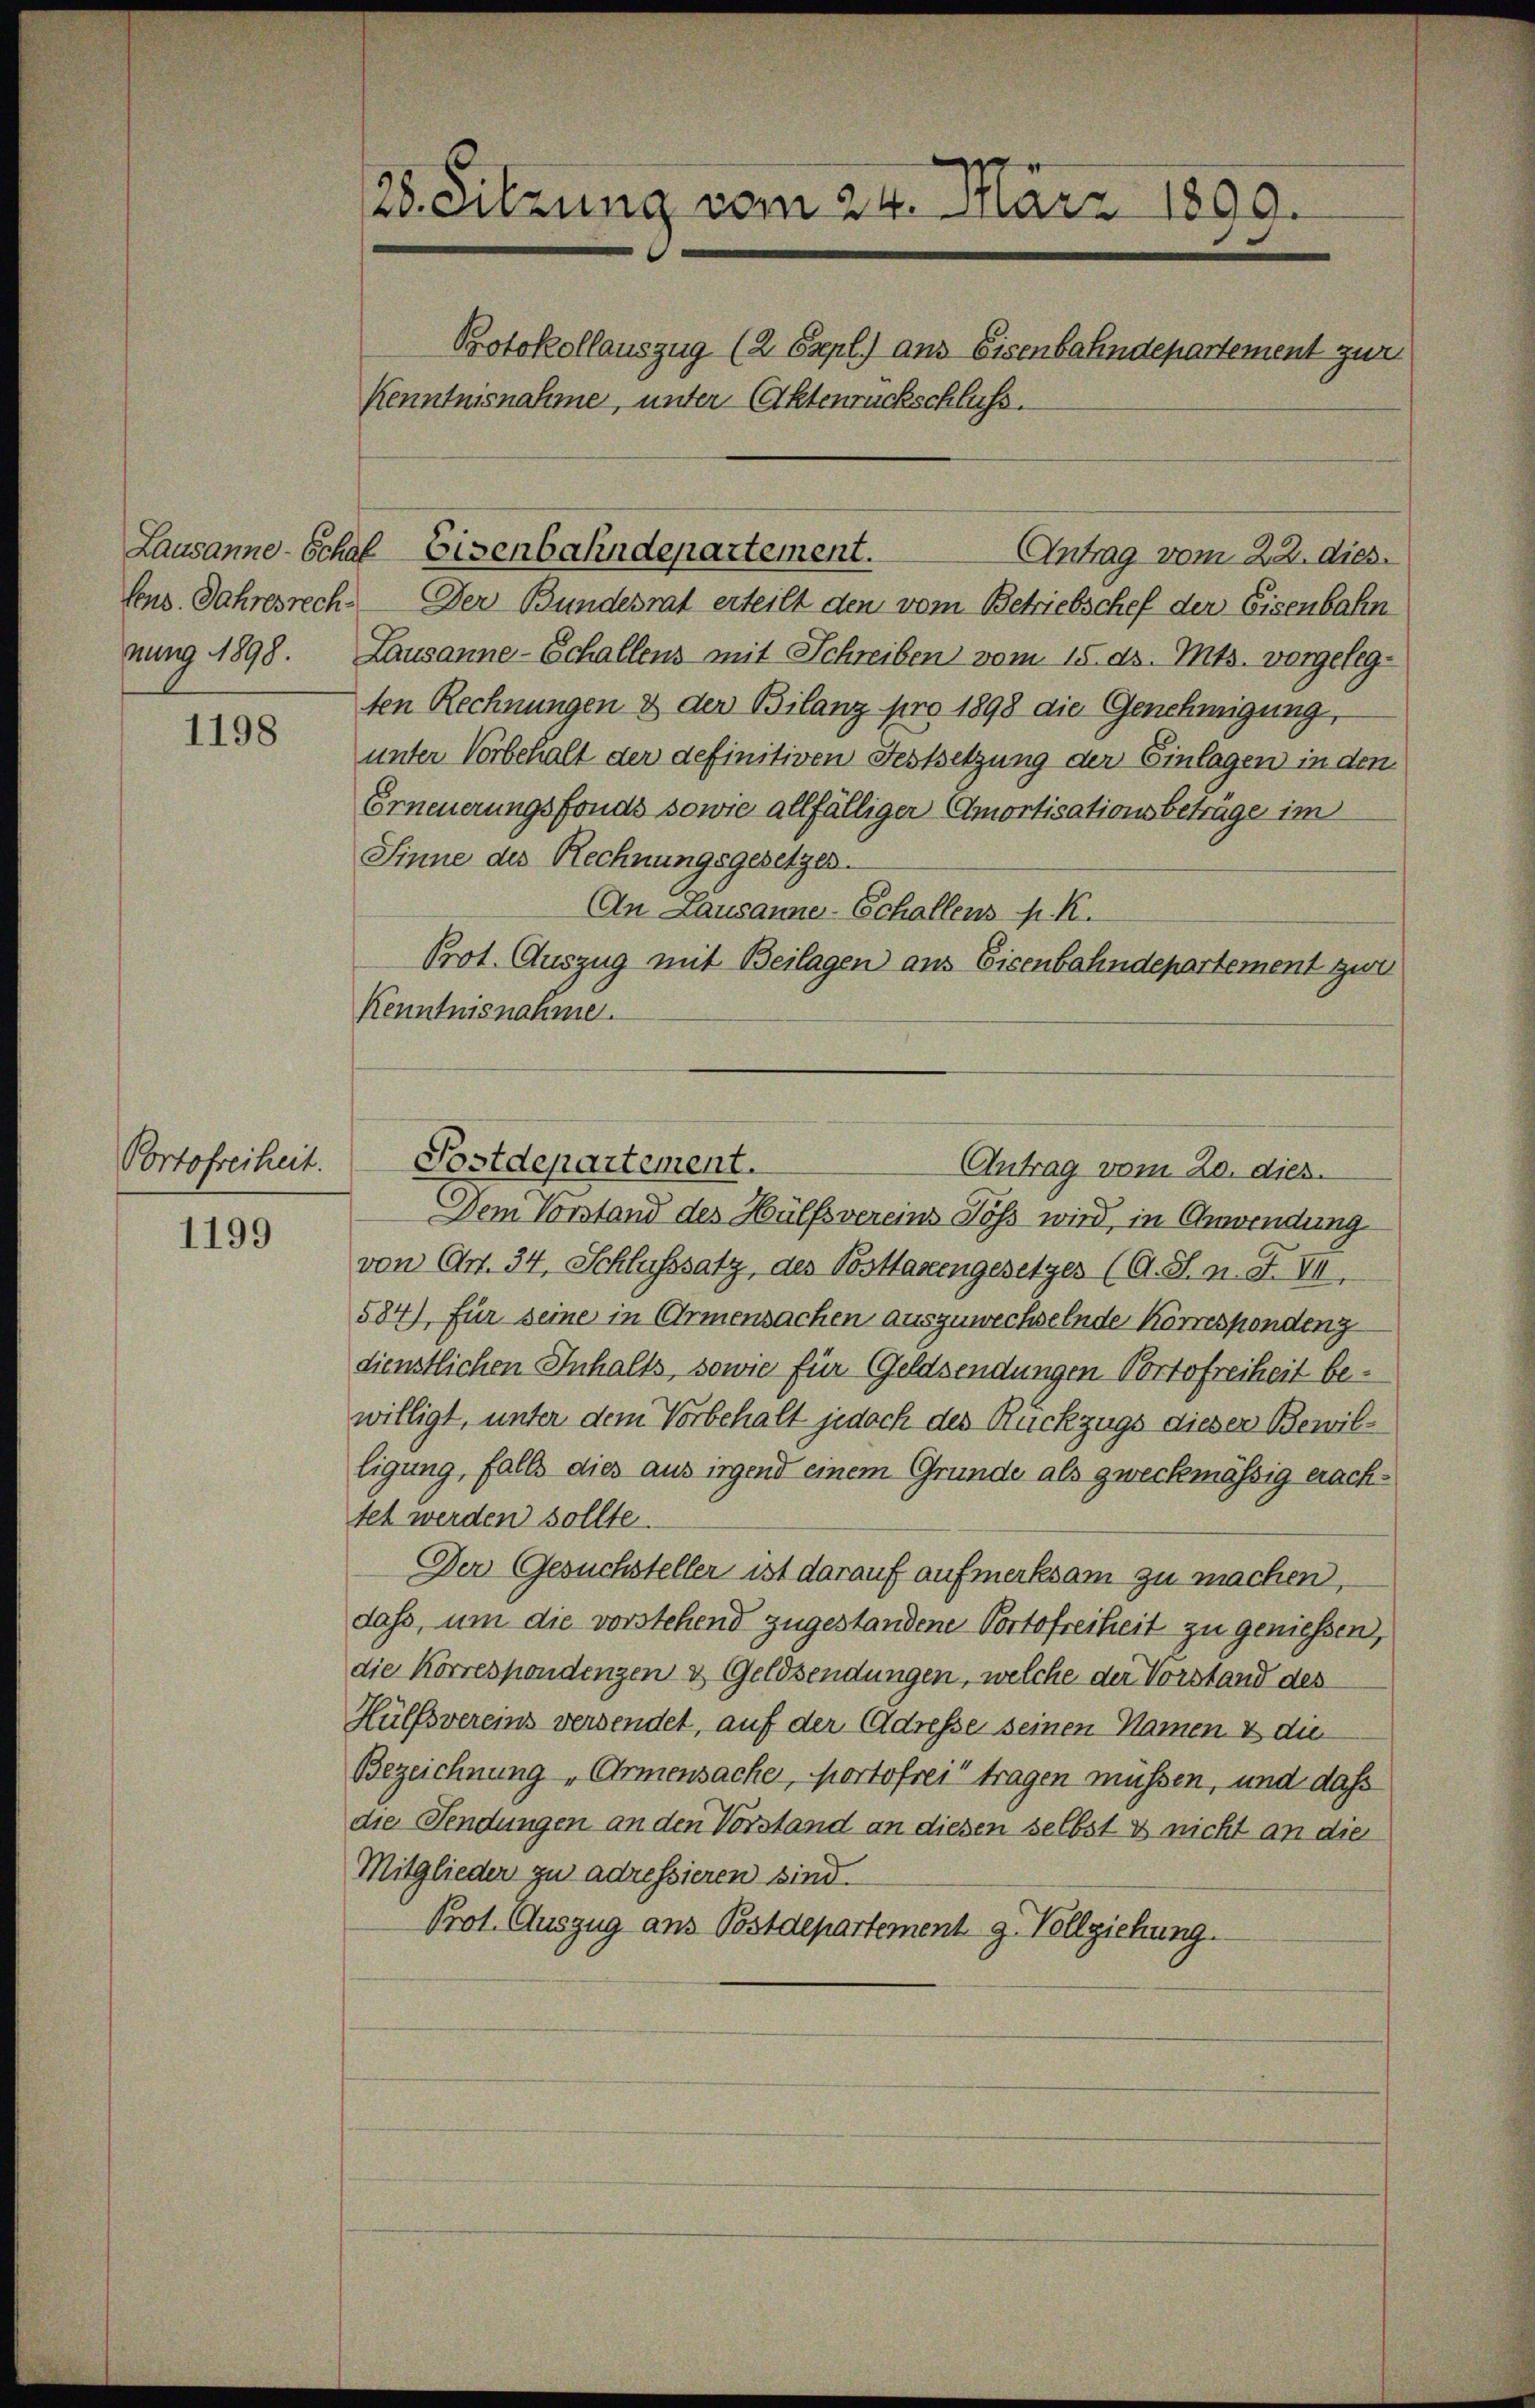
1198

Portofreiheit.

1199

28. Sitzung vom 24. März 1890.
Protokollauszug (2 Expl.) ans Eisenbahndepartement zur
Kenntnisnahme, unter Aktenrückschluss.

Lausanne-Schaf Eisenbahndepartement.
Antrag vom 22. dies

fens. Jahresrech. Der Bundesrat erteilt den vom Betriebschef der Eisenbahn
nung 1898. Lausanne-Schallens mit Schreiben vom 15. ds. Mts. vorgelegten Rechnungen & der Bilanz pro 1898 die Genehmigung,
unter Vorbehalt der definitiven Festsetzung der Einlagen in den
Erneuerungsfonds sowie allfälliger Amortisationsbeträge im
Sinne des Rechnungsgesetzes.
An Lausanne-Schallensp. K.
Prot. Auszug mit Beilagen aus Eisenbahndepartement zwe
Kenntnisnahme.

Postdepartement.

Dem Vorstand des Hülfsvereins Poss wird, in Anwendung
von Art. 34, Schlusssatz, des Posttaxengesetzes (A. S. n. F. VI.
584) für seine in Armensachen auszuwechselnde Korrespondenz
dienstlichen Inhalts, sowie für Geldsendungen Portofreiheit bewilligt, unter dem Vorbehalt jedoch des Rückzugs dieser Bewilligung, falls dies aus irgend einem Grunde als zweckmässig erachtet werden sollte.
Der Gesuchsteller ist darauf aufmerksam zu machen,
dass, um die vorstehend zugestandene Portofreiheit zu geniessen,
die Korrespondenzen & Geldsendungen, welche der Vorstand des
Hülfsvereins versendet, auf der Adresse seinen Namen & die
Bezeichnung „Armensache, portofrei tragen müssen, und dass
die Fendungen an den Vorstand an diesen selbst es nicht an die
Mitglieder zu adressieren sind.
Prot. Auszug aus Postdepartement z. Vollziehung.

Antrag vom 20. dies